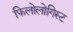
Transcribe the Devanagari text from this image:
फिलोलोगिस्ट